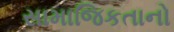
સામાજિકતાનો